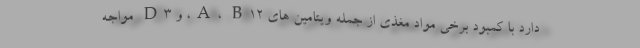
دارد با کمبود برخی مواد مغذی از جمله ویتامین های A، B12، و D3 مواجه